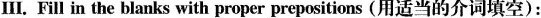
III. Fill in the blanks with proper prepositions (用适当的介词填空):